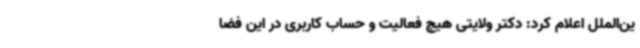
ین‌الملل اعلام کرد: دکتر ولایتی هیچ فعالیت و حساب کاربری در این فضا